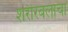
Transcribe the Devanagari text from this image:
शरीरबलाचा